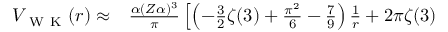
\begin{array} { r l } { V _ { \mathrm { ~ W ~ K ~ } } ( r ) \approx } & { { } \frac { \alpha ( Z \alpha ) ^ { 3 } } { \pi } \left[ \left( - \frac { 3 } { 2 } \zeta ( 3 ) + \frac { \pi ^ { 2 } } { 6 } - \frac { 7 } { 9 } \right) \frac { 1 } { r } + 2 \pi \zeta ( 3 ) \right. } \end{array}